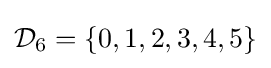
{\mathcal {D}}_{6}=\lbrace 0,1,2,3,4,5\rbrace